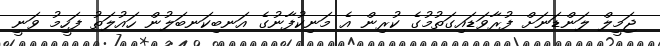
ޖަމީލް ލަންޑަނަށް ފުރާވަޑައިގަތުމުގެ ކުރިން އެ މަނިކުފާނުގެ އަނބިކަނބަލުން ހައުލަތު ފަހީމު ވަނީ